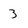
Character: 3